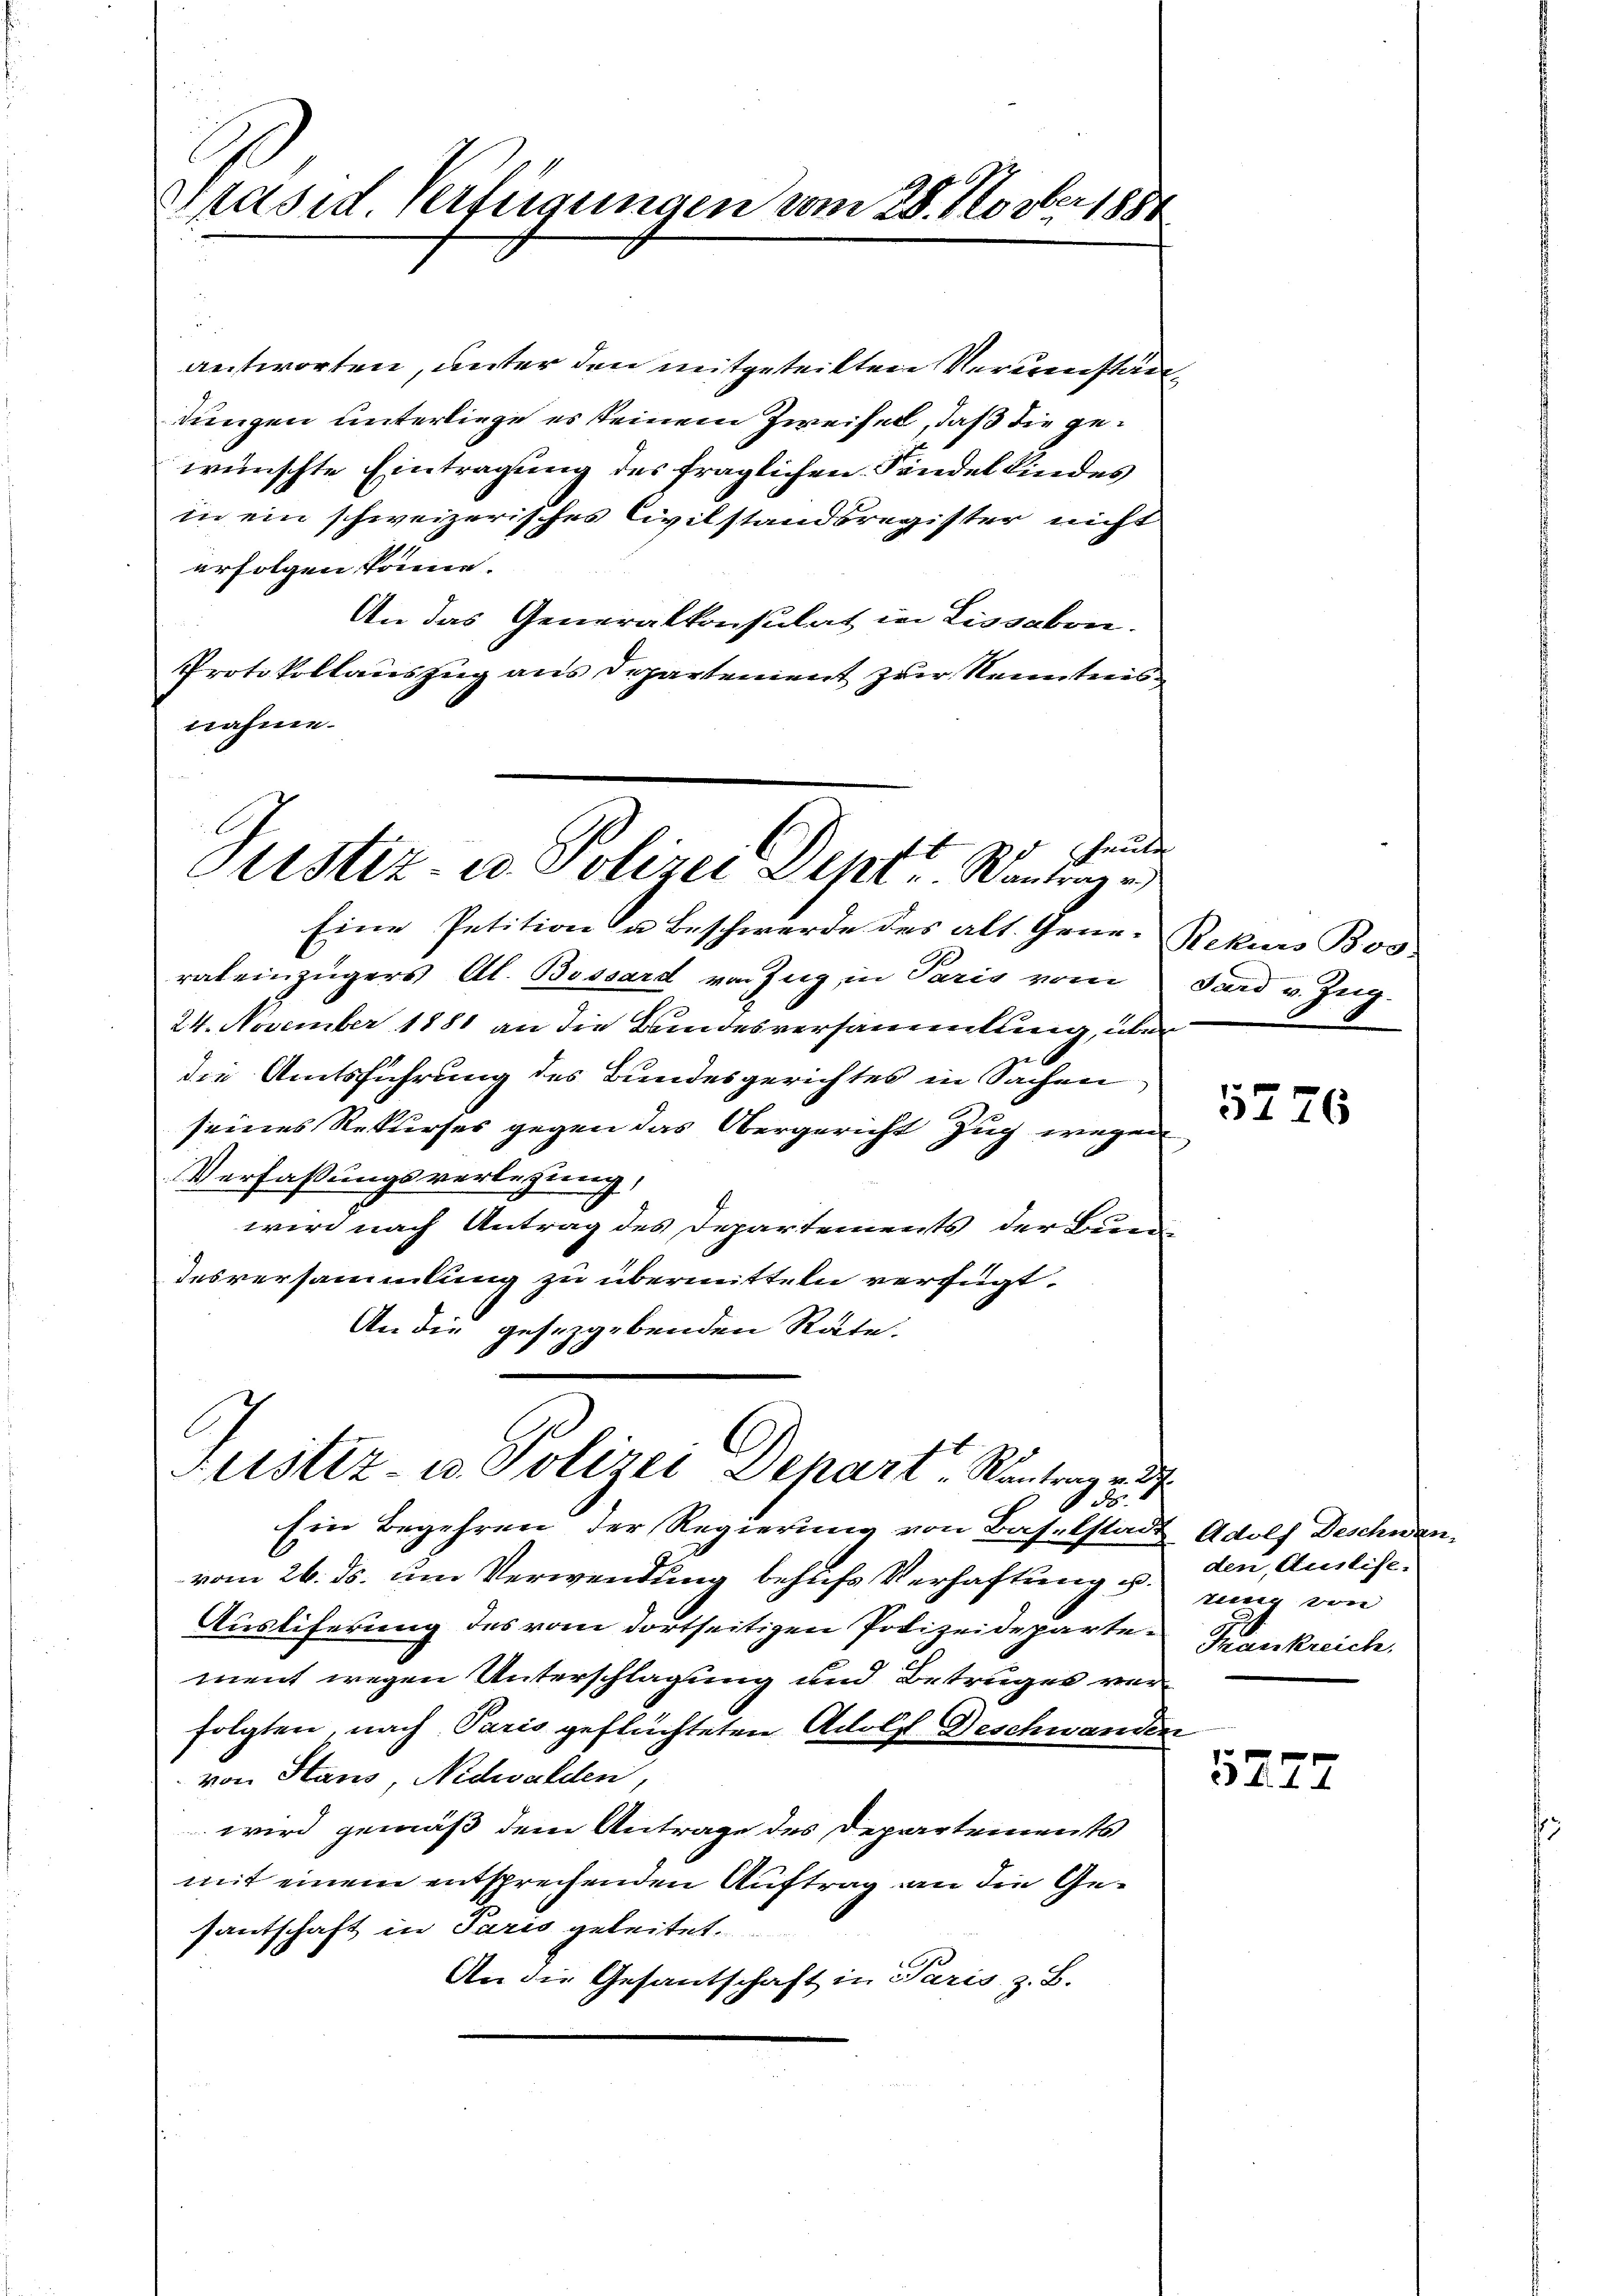
Spräsid Verfügungen vom 28. Novber 188

.
antworten, unter den mitgeteilten Verumständungen unterliege es seinem Zweifel, daß die gewünschte Eintragung des fraglichen Sandelkindes
in ein schweizerisches Civilstandsregister nicht
erfolgen könne.
An das Generalkonsulat in Lissabon.
Protokollauszug aus Departement zur Kenntens
nahme.

haute
Prustiz- u. Polizei Dept. Wantrage

Justiz- u. Polizei Depart. Kantone
55.

Eine Petition u Beschwerde des alt. Gener Rekurs Bosrateinzügers Al. Bossard von Zug, in Paris vom
24. November 1881 an die Bundesversammlung, über
die Amtsführung des Bundesgerichtes in Sachen
seines Rekurses gegen das Obergericht Zug wegen
Verfassungsverlegung,
wird nach Antrag des Departements der Bun
desversammlung zu übermitteln verfügt.
An die gesezgebenden Räte.

Ein Begehren der Regierung von Baselstad
vom 26. ds. um Verwendung behufs Verhaftung u.
Ausliferung des vom dortseitigen Polizeidepartement wegen Unterschlagung und Betruges ver
folgten, nach Paris geflüchteten Adolf Beschwande
von Stans, Nidwalden,
wird gemäß dem Antrage des Departements
mit einem entsprechenden Auftrag an die Gesantschaft in Paris geleitet.
An die Gesantschaft in Paris z. B.

dard v. Zug.

5276

i
& Adolf Deschnen.
den, Auslise.
nung von
Frankreich.
¬

5777